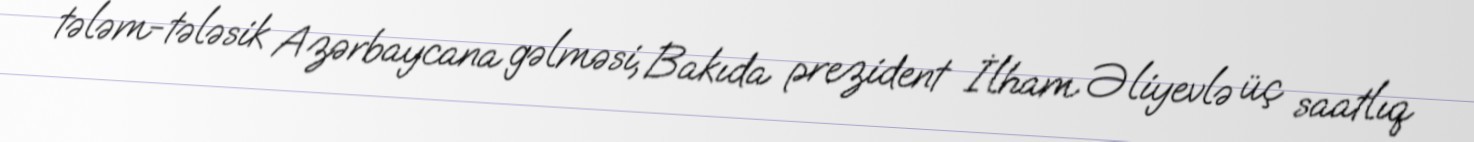
tələm-tələsik Azərbaycana gəlməsi, Bakıda prezident İlham Əliyevlə üç saatlıq